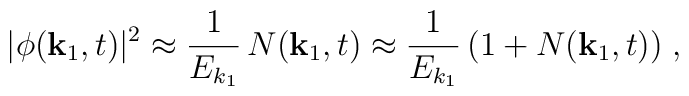
|\phi ({\bf k}_1,t) |^2 \approx \frac{1}{E_{k_1}} \, N({\bf k}_1,t)\approx \frac{1}{E_{k_1}} \, (1+N({\bf k}_1,t))\; ,